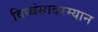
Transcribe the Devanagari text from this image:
विध्वंसादरम्यान